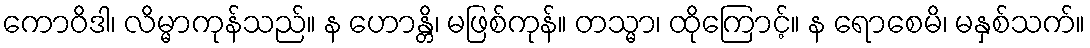
ကောဝိဒါ၊ လိမ္မာကုန်သည်။ န ဟောန္တိ၊ မဖြစ်ကုန်။ တသ္မာ၊ ထိုကြောင့်။ န ရောစေမိ၊ မနှစ်သက်။